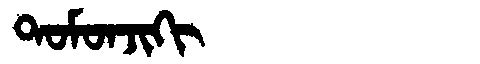
Manchu: ᡨᠣᠮᠣᠨᠵᡳᡴᡳ
Romanization: TOMONJIKI